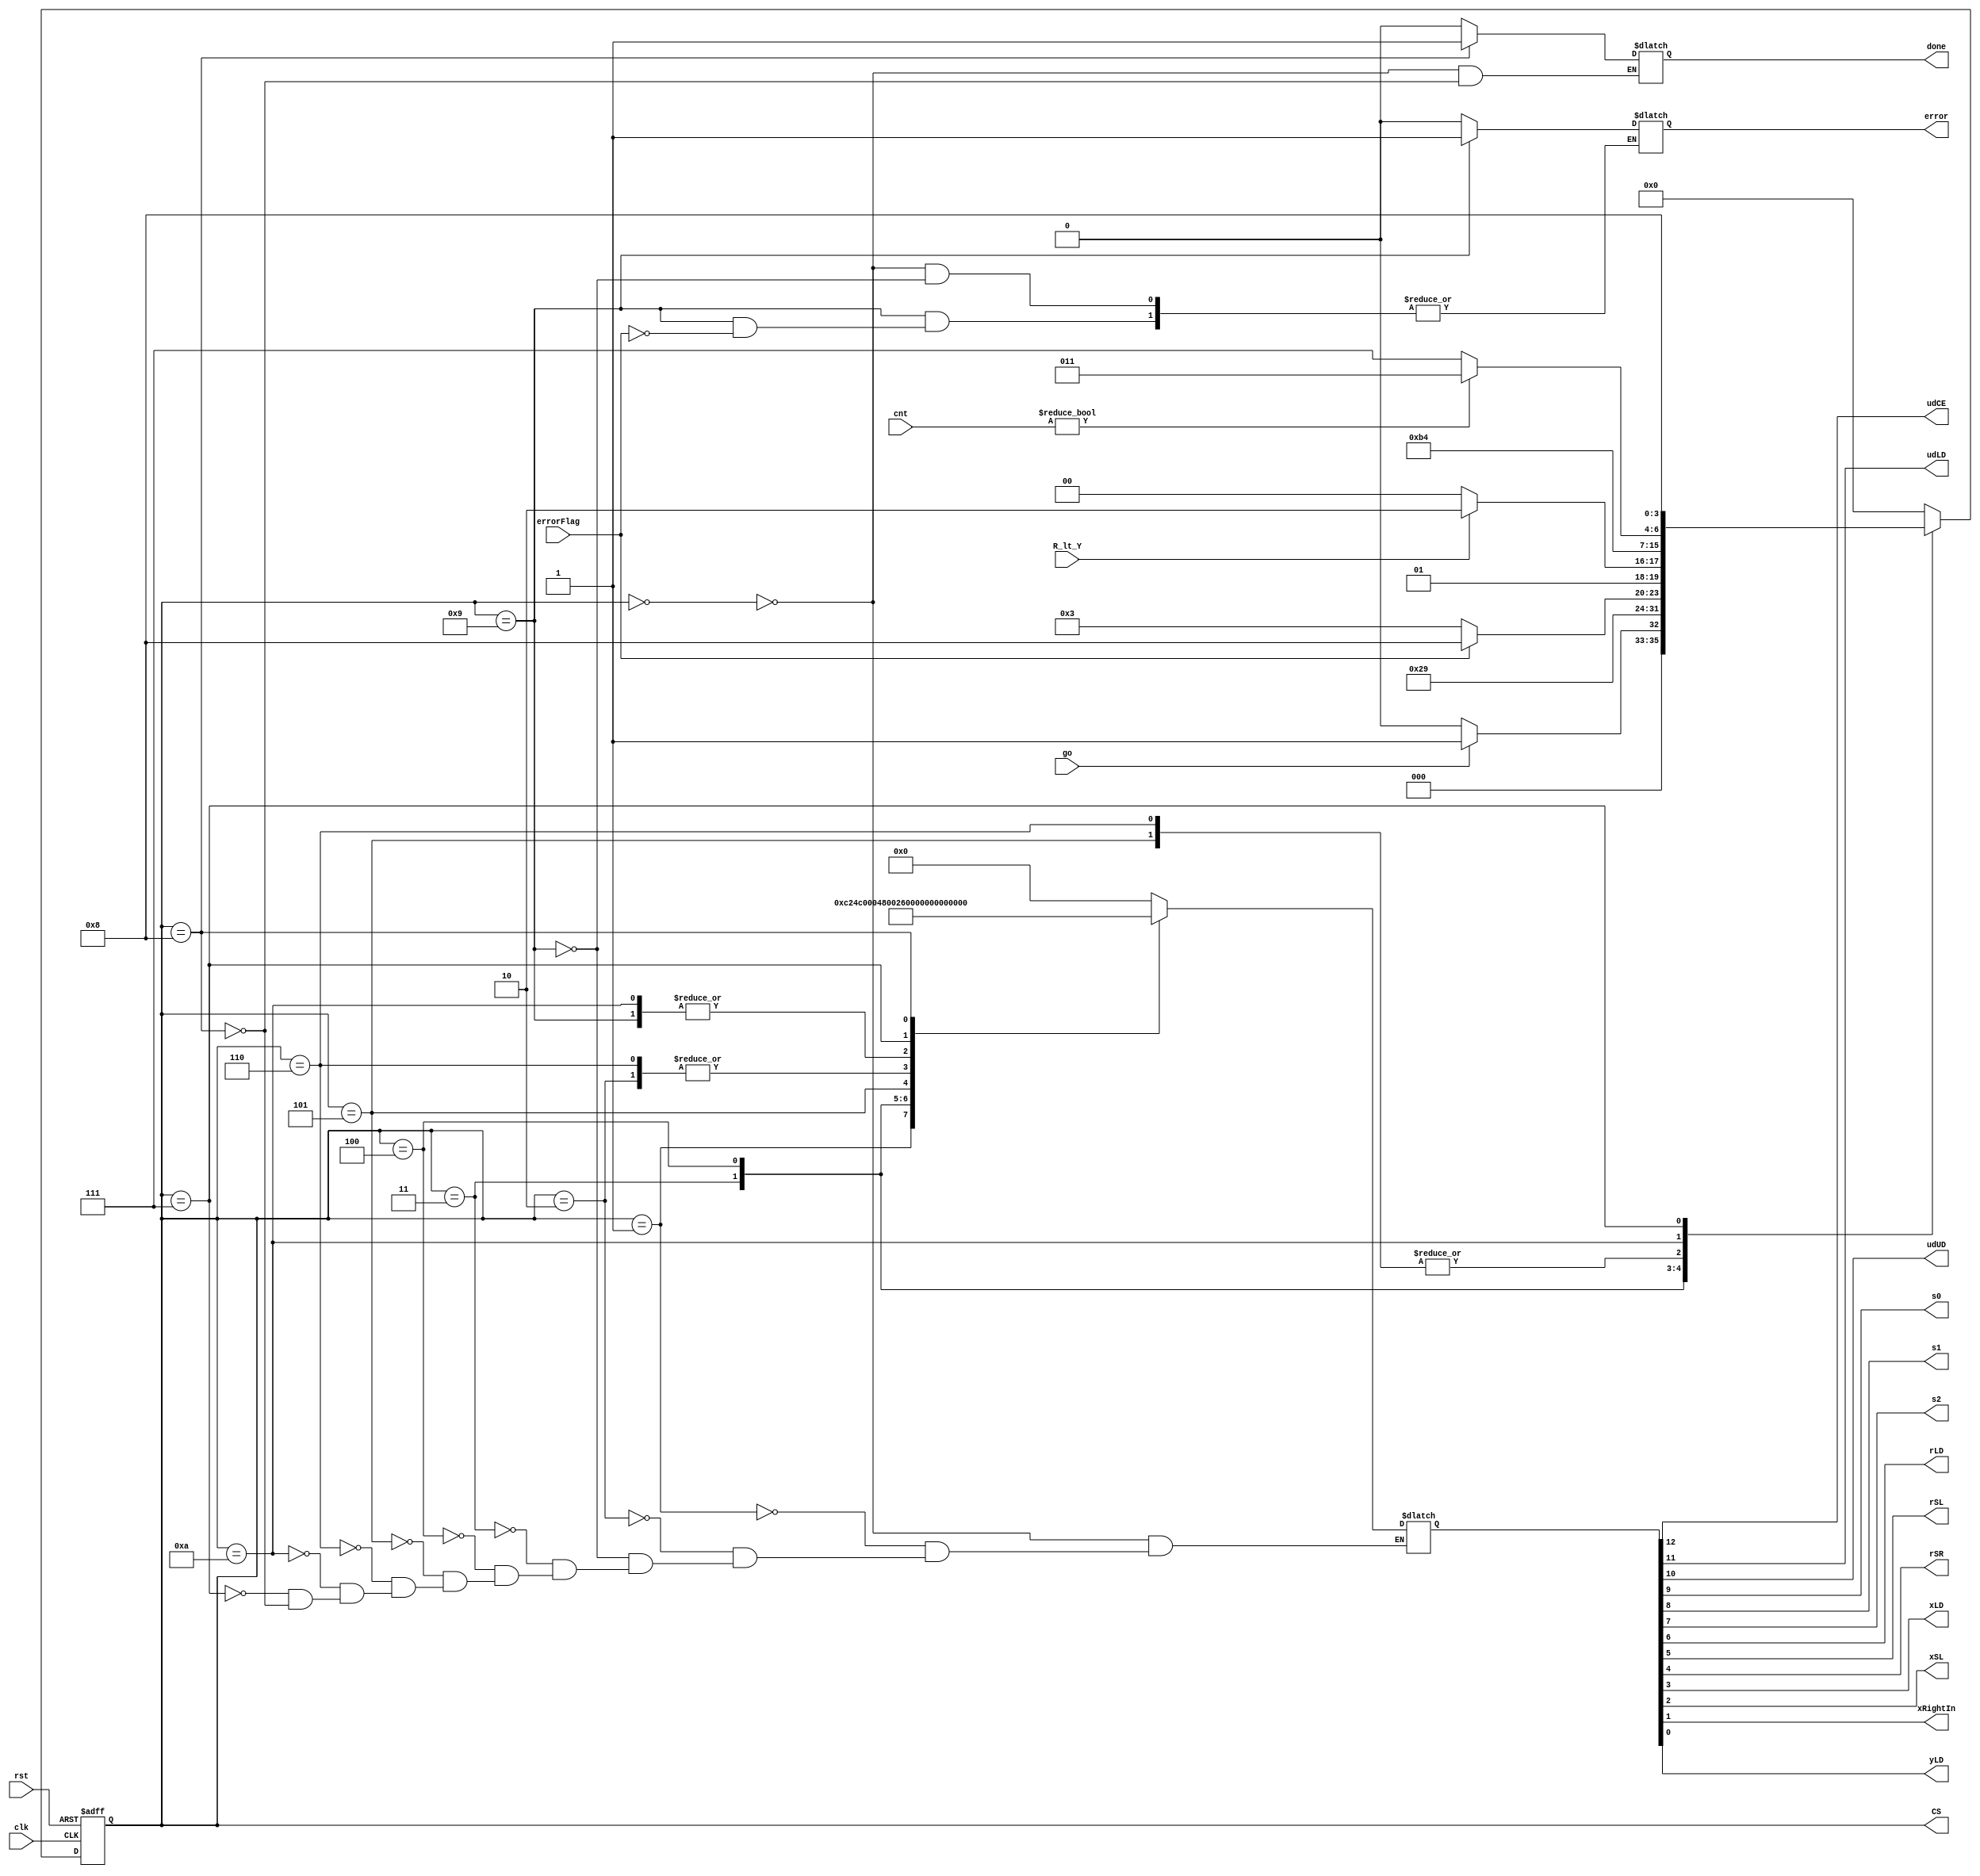
`timescale 1ns / 1ps
module div_CU(
input rst, clk, go,errorFlag, R_lt_Y,
input[3:0] cnt,
output reg error,done, udCE, udLD, udUD, s0, s1, s2, rLD, rSL, rSR, xLD, xSL, xRightIn, yLD,
output reg[3:0] CS
);
reg[3:0] NS;
reg[12:0] ctrl;

parameter
    cIDLE  = 4'b0000, 
    cLOAD1 = 4'b0001, 
    cSHIFT1= 4'b0010,
    cCNT1  = 4'b0011,
    cLOAD2 = 4'b0100,
    cSHIFT2= 4'b0101,
    cSHIFT3= 4'b0110,
    cSHIFT4= 4'b0111,
    cDONE  = 4'b1000,
    cWAIT1 = 4'b1001,
    cWAIT2 = 4'b1010,
    IDLE  = 13'b000_000_000_000_0, 
    LOAD1 = 13'b110_000_100_100_1, 
    SHIFT1= 13'b000_000_010_010_0,
    CNT1  = 13'b100_000_000_000_0,
    LOAD2 = 13'b000_100_100_000_0,
    SHIFT2= 13'b000_000_010_011_0,
    SHIFT3= 13'b000_000_010_010_0,
    SHIFT4= 13'b000_000_001_000_0,
    DONE  = 13'b000_011_000_000_0,
    WAIT  = 13'b000_100_000_000_0;
  
always @(posedge clk, posedge rst)
begin  
    if(rst) CS<=IDLE;
    else CS<=NS;
end

always@(ctrl) {udCE, udLD, udUD, s0, s1, s2, rLD, rSL, rSR, xLD, xSL, xRightIn, yLD} = ctrl;

always@(CS,go)
begin
    case(CS)
        cIDLE:begin 
            ctrl=IDLE;
            done=0;
            error=0;
            if(go) NS=cLOAD1;
            else NS=cIDLE;
            end
        cLOAD1:begin 
            ctrl=LOAD1;
            NS=cSHIFT1;
            end
        cSHIFT1:begin
            ctrl=SHIFT1;
            NS=cWAIT1;
            end
        cWAIT1:begin
            ctrl=WAIT;
            if(errorFlag) begin error=1;NS=cDONE; end
            else NS=cCNT1;
            end
        cCNT1:begin 
            ctrl=CNT1;
            if(!R_lt_Y) NS=cLOAD2;
            else NS=cSHIFT3;
            end
        cLOAD2:begin 
            ctrl=LOAD2;
            NS=cSHIFT2;
            end
        cSHIFT2:begin 
            ctrl=SHIFT2;
            NS=cWAIT2;
            end
        cSHIFT3:begin 
            ctrl=SHIFT3;
            NS=cWAIT2;
            end
        cWAIT2: begin
            ctrl=WAIT;
            if(cnt!=0) NS=cCNT1;
            else NS=cSHIFT4;
            end
        cSHIFT4:begin 
            ctrl=SHIFT4;
            NS=cDONE;
            end
        cDONE:begin 
            ctrl=DONE;
            done=1;
            NS=cIDLE;
            end
        default: begin NS=IDLE; end
    endcase
end

endmodule